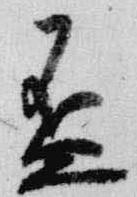
盃